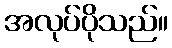
အလုပ်ပိုသည်။